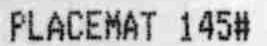
PLACEMAT 145#